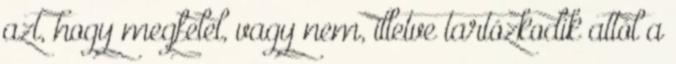
azt, hogy megfelel, vagy nem, illetve tartózkodik attól a